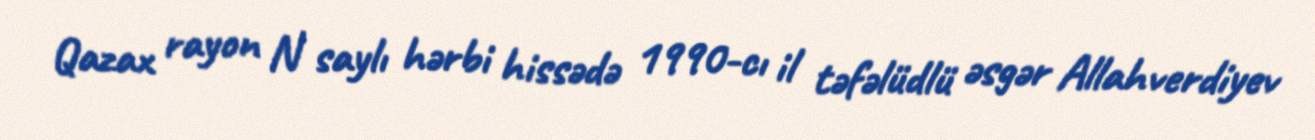
Qazax rayon N saylı hərbi hissədə 1990-cı il təfəlüdlü əsgər Allahverdiyev